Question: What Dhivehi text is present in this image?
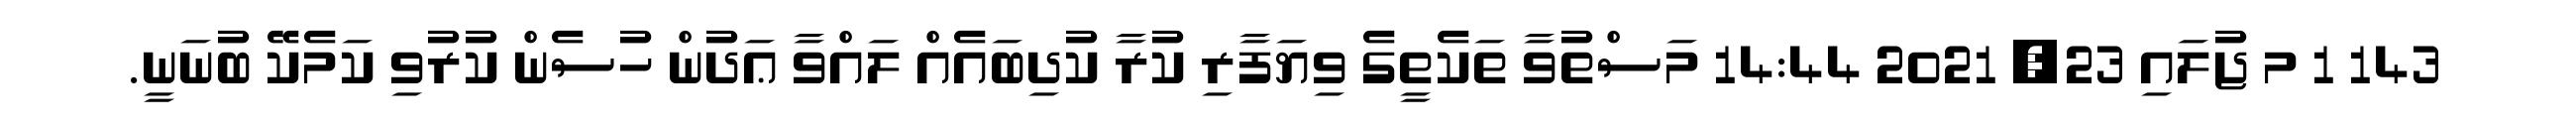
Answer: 143 1 މ ޖުލައި 23, 2021 14:44 މަސްތުވާ ތަކެތީގެ ވިޔަފާރި ކުރާ ކުދިބައެއް ލައްވާ ޢަދުން ހުސެން ކުރުވި ކަމެކޭ ބުނަނީ.